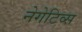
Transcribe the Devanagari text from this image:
नेगेटिव्स